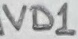
Text: VD1